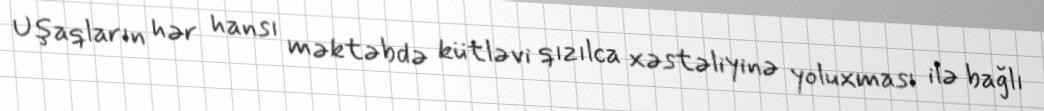
Uşaqların hər hansı məktəbdə kütləvi qızılca xəstəliyinə yoluxması ilə bağlı